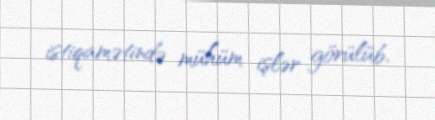
istiqamətində mühüm işlər görülüb.